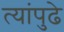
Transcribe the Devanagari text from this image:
त्यांपुढे